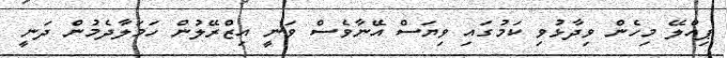
ޕިއްލޭ މިހެން ވިދާޅުވި ކަމުގައި ވިޔަސް އޭނާވެސް ވަނީ އިޒްރޭލުން ހަމަލާދެމުން ދަނީ